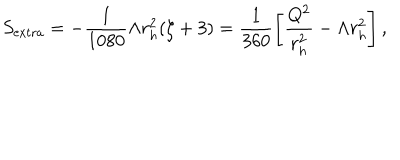
S _ { \mathrm { { e x t r a } } } = - \frac { 1 } { 1 0 8 0 } \Lambda r _ { h } ^ { 2 } ( \zeta + 3 ) = \frac { 1 } { 3 6 0 } \left[ \frac { Q ^ { 2 } } { r _ { h } ^ { 2 } } - \Lambda r _ { h } ^ { 2 } \right] ,